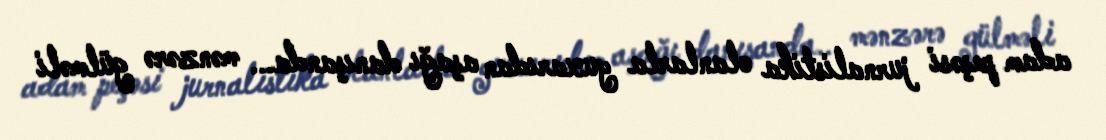
adam peşəsi jurnalistika olanlarla yuxarıdan aşağı danışanda... mənzərə gülməli